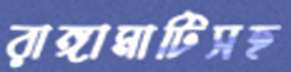
রাঙ্গামাটিসহ